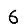
Digit: 6